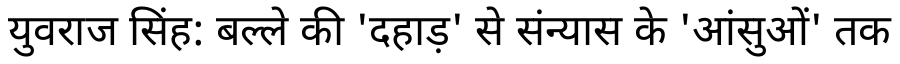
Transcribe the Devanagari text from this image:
युवराज सिंह: बल्ले की 'दहाड़' से संन्यास के 'आंसुओं' तक